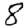
Digit: 8